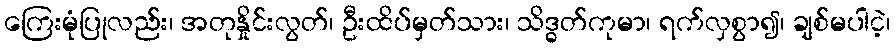
ကြေးမုံပြုလည်း၊ အတုနှိုင်းလွတ်၊ ဦးထိပ်မှတ်သား၊ သိဒ္ဓတ်ကုမာ၊ ရက်လှစွာ၍၊ ချစ်မပါငဲ့၊